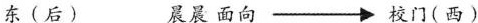
东(后) 晨晨面向→校门(西)